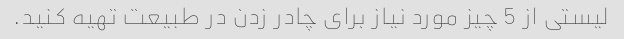
لیستی از 5 چیز مورد نیاز برای چادر زدن در طبیعت تهیه کنید.